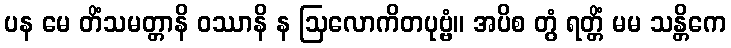
ပန မေ တိံသမတ္တာနိ ဝဿာနိ န ဩလောကိတပုဗ္ဗံ။ အပိစ တွံ ရတ္တိံ မမ သန္တိကေ